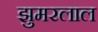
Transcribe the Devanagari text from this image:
झुमरलाल